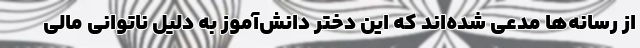
از رسانه‌ها مدعی شده‌اند که این دختر دانش‌آموز به دلیل ناتوانی مالی